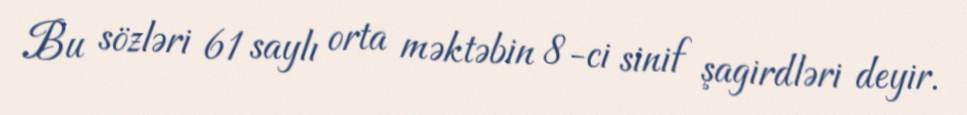
Bu sözləri 61 saylı orta məktəbin 8-ci sinif şagirdləri deyir.